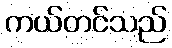
ကယ်တင်သည်